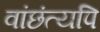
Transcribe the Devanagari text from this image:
वांछंत्यपि